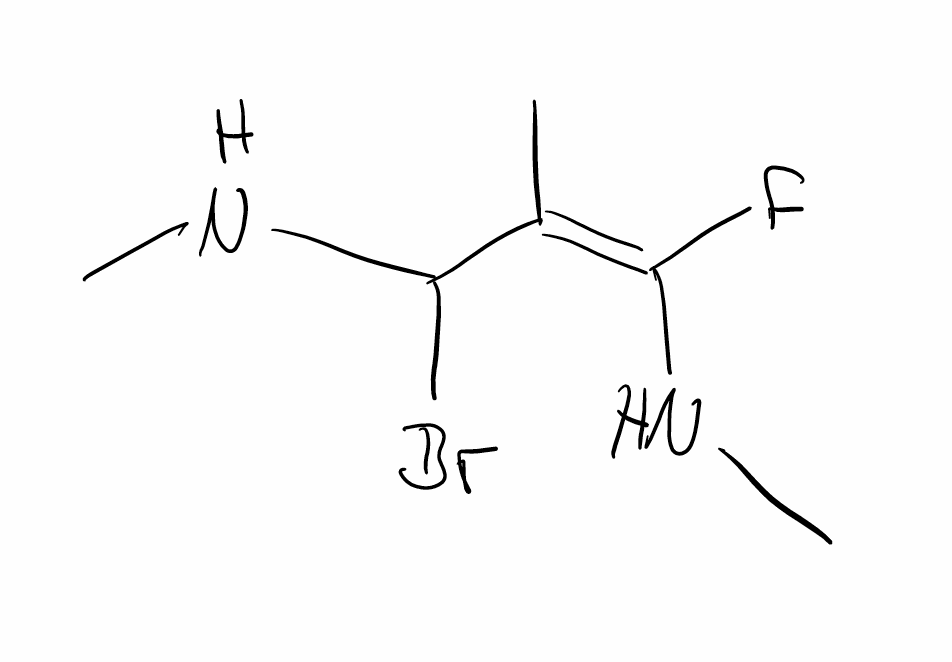
Simplified molecular-input line-entry system (SMILES) notation of the given molecule:
C/C(=C(/NC)\F)/C(NC)Br